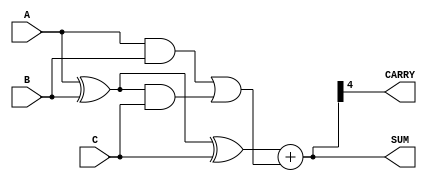
module ripple_carry_save_adder #(
    parameter WIDTH = 4, // Bit-width of the operands
    parameter NUM_OPERANDS = 3 // Number of operands to add
)(
    input  [WIDTH-1:0] A, // First operand
    input  [WIDTH-1:0] B, // Second operand
    input  [WIDTH-1:0] C, // Third operand
    output [WIDTH:0] SUM, // Final sum output (WIDTH+1 bits to accommodate carry)
    output CARRY // Final carry output
);

    // Intermediate signals for Carry Save Adder
    wire [WIDTH-1:0] sum1, sum2, carry1, carry2;

    // First Carry Save Adder (CSA) for A and B
    assign sum1 = A ^ B; // Sum of A and B
    assign carry1 = A & B; // Carry of A and B

    // Second Carry Save Adder (CSA) for sum1 and C
    assign sum2 = sum1 ^ C; // Sum of intermediate sum and C
    assign carry2 = carry1 | (sum1 & C); // Carry of intermediate sum and C

    // Ripple Carry Adder to finalize the sum
    wire [WIDTH:0] final_sum;
    wire [WIDTH:0] final_carry;

    // Ripple Carry Adder (RCA) to add sum2 and carry2
    assign final_sum = {1'b0, sum2} + {1'b0, carry2}; // Adding carry to sum
    assign SUM = final_sum; // Final sum output
    assign CARRY = final_sum[WIDTH]; // Final carry output

endmodule